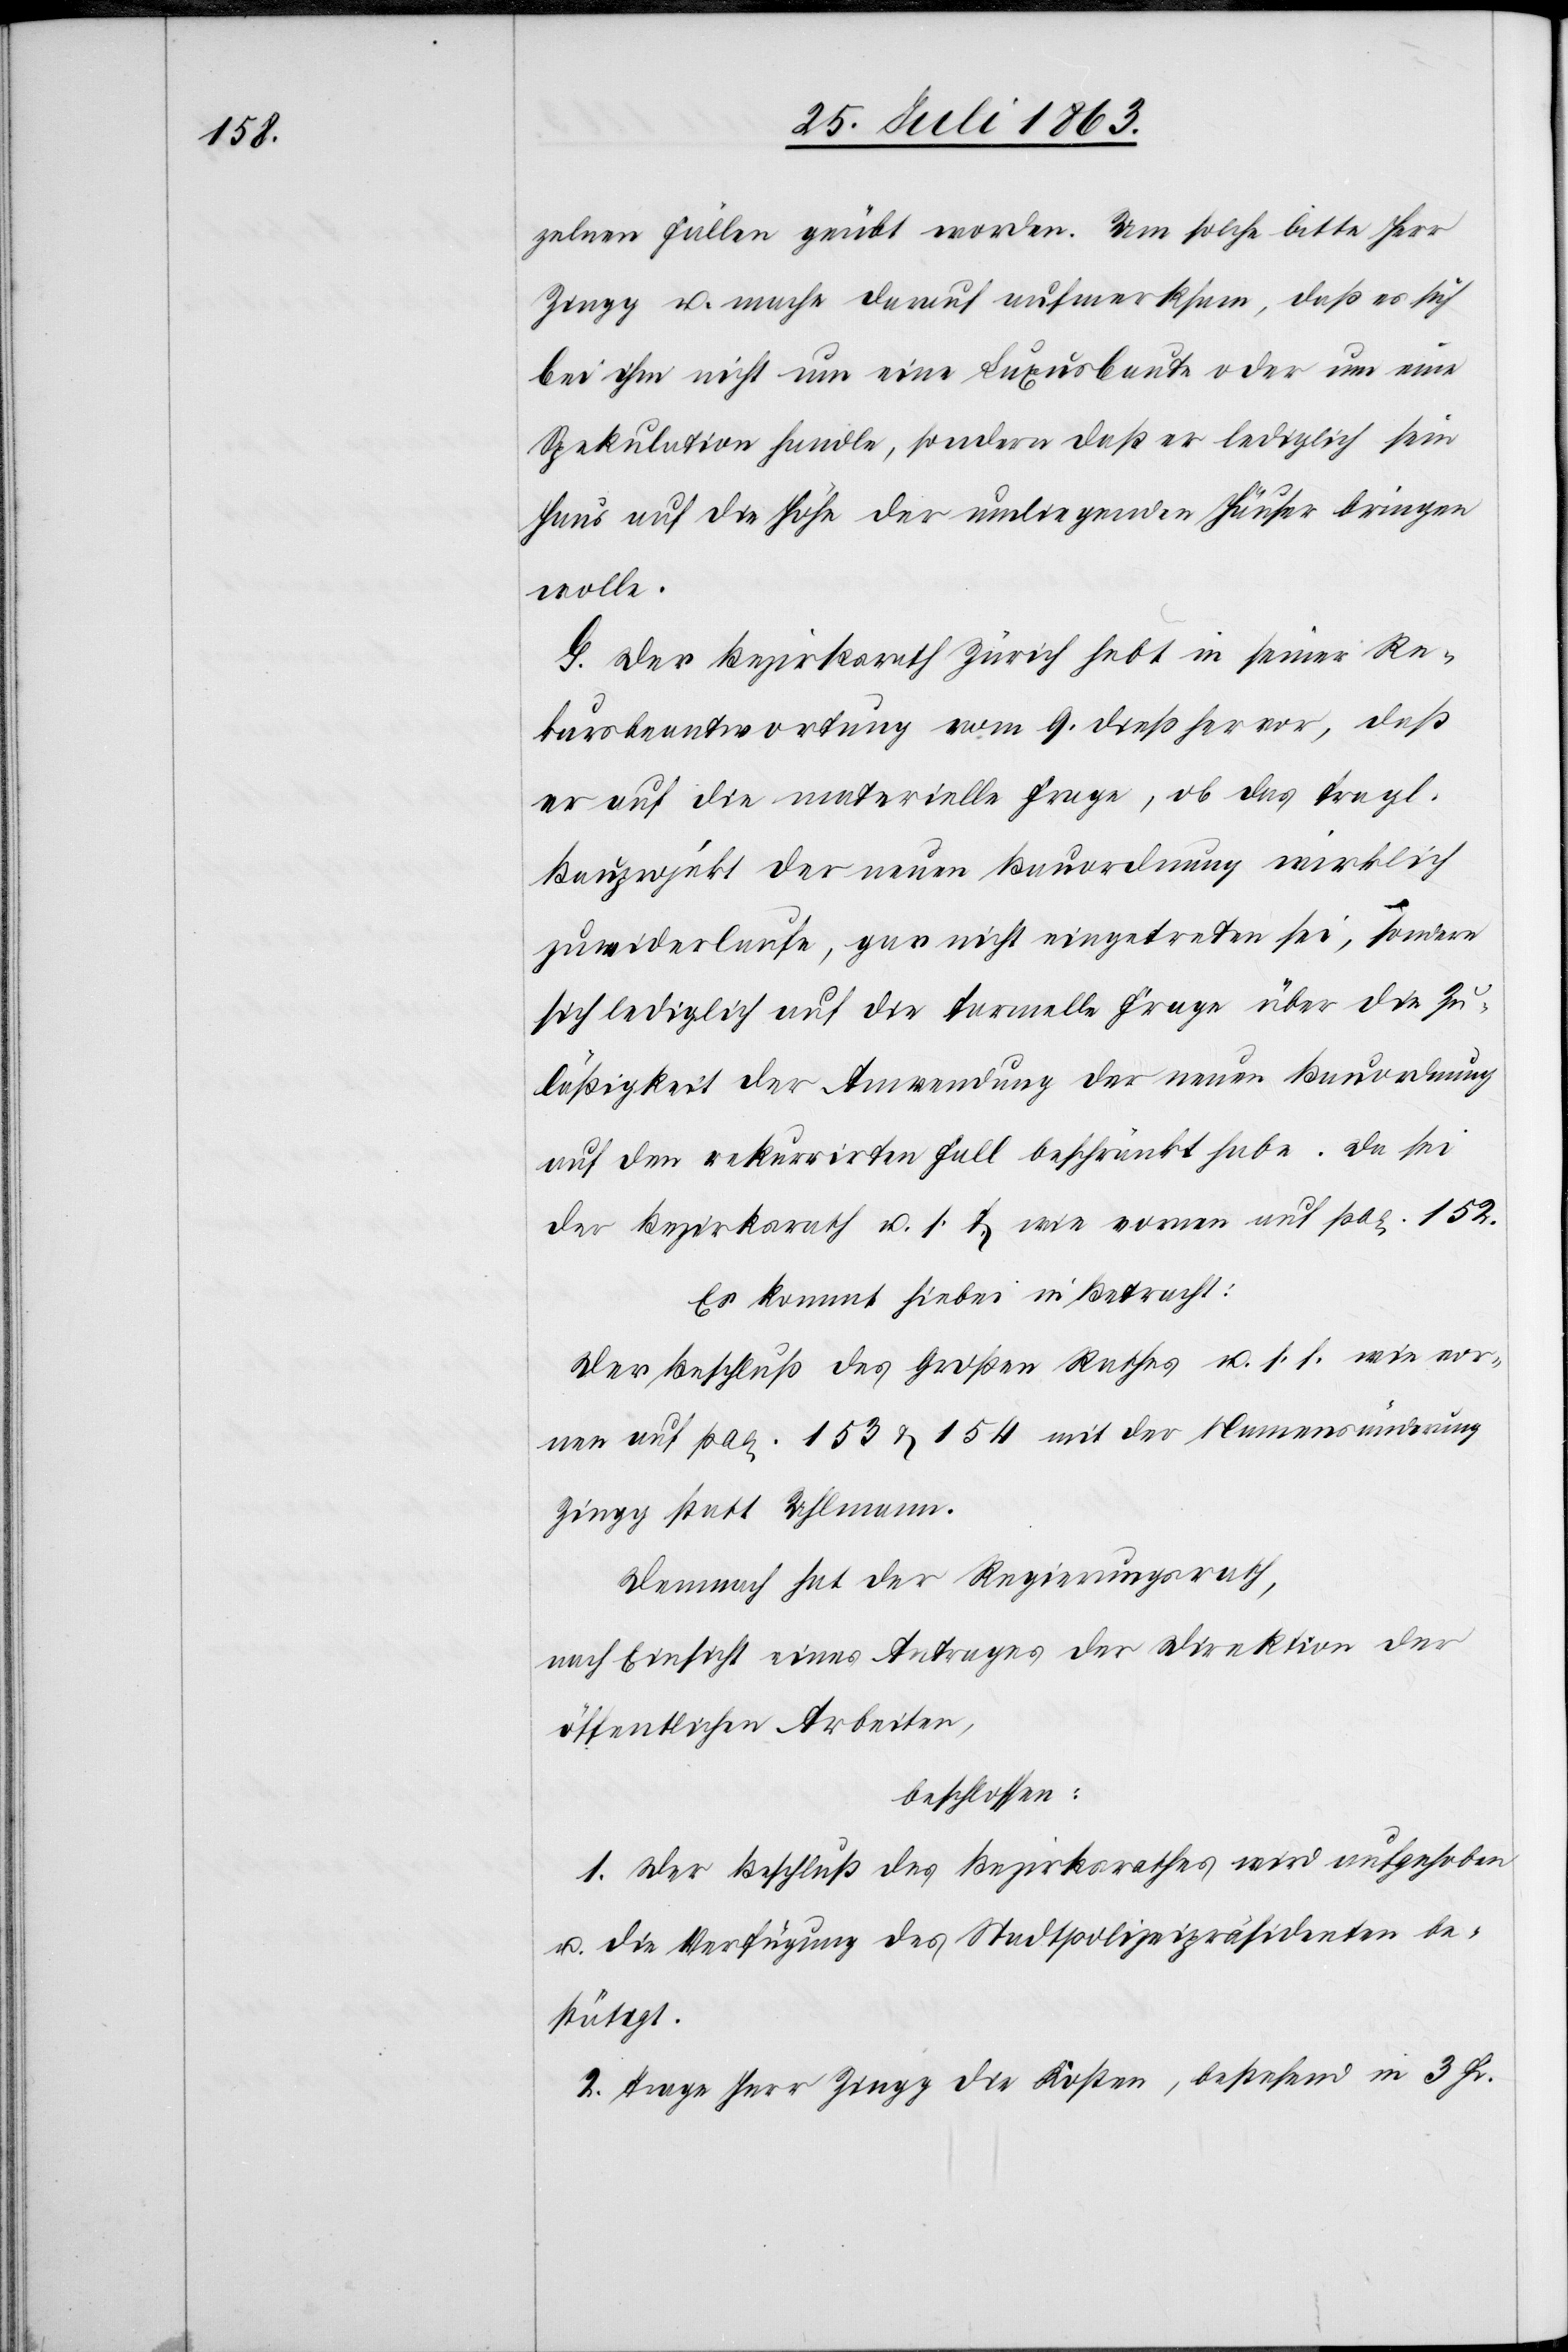
zelnen Fällen geübt worden. Um solche bitte Herr
Zingg u. mache darauf aufmerksam, daß es sich
bei ihm nicht um eine Luxusbaute oder um eine
Spekulation handle, sondern das er lediglich sein
Haus auf die Höhe der umliegenden Häuser bringen
wolle.
G. Der Bezirksrath Zürich habe in seiner Re¬
kursbeantwortung vom 9. dieß hervor, daß
er auf die materielle Frage, ob das fragl.
Bauprojekt der neuen Bauordnung wirklich
zuwiderlaufe, gar nicht eingetreten sei, sondern
sich lediglich auf die formelle Frage über die Zu¬
läßigkeit der Anwendung der neuen Bauordnung
auf den rekurrirten Fall beschränkt habe. Da sei
der Bezirksrath u. s. f. wie vornen auf pag. 152.
Es kommt hiebei in Betracht:
Der Beschluß des Großen Rathes u. s. f. wie vor¬
nen auf pag. 153 & 154 mit der Namensänderung
Zingg statt Uhlmann.
Demnach hat der Regierungsrath,
nach Einsicht eines Antrages der Direktion der
öffentlichen Arbeiten,
beschlossen:
1. Der Beschluß des Bezirksrathes wird aufgehoben
u. die Verfügung des Stadtpolizeipräsidenten be¬
stätigt.
2. Trage Herr Zingg die Kosten, bestehend in 3 Fr.